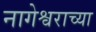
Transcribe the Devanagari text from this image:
नागेश्वराच्या